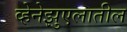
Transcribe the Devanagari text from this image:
व्हेनेझुएलातील